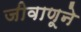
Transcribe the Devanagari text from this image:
जीवाणूने